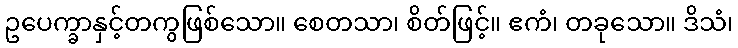
ဥပေက္ခာနှင့်တကွဖြစ်သော။ စေတသာ၊ စိတ်ဖြင့်။ ဧကံ၊ တခုသော။ ဒိသံ၊